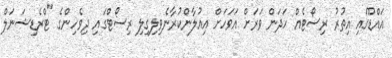
އައްޑޫގައި އިތުރު ރިސޯޓެއް ހަދަން ވަރަށް އަވަހަަށް އިއުލާންކުރާނެވިލިގިލި ރިސޯޓްގައި ދިވެހިންގެ "ޓްރެޑިޝަނަލް